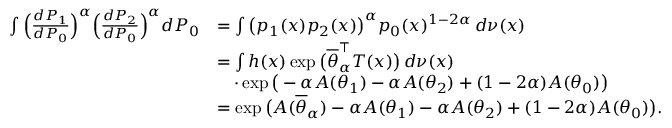
\begin{array} { r l } { \int \Big ( \frac { d P _ { 1 } } { d P _ { 0 } } \Big ) ^ { \alpha } \Big ( \frac { d P _ { 2 } } { d P _ { 0 } } \Big ) ^ { \alpha } d P _ { 0 } } & { = \int \big ( p _ { 1 } ( x ) p _ { 2 } ( x ) \big ) ^ { \alpha } p _ { 0 } ( x ) ^ { 1 - 2 \alpha } \, d \nu ( x ) } \\ & { = \int h ( x ) \exp \big ( \overline { \theta } _ { \alpha } ^ { \top } T ( x ) \big ) \, d \nu ( x ) } \\ & { \quad \cdot \exp \big ( - \alpha A ( \theta _ { 1 } ) - \alpha A ( \theta _ { 2 } ) + ( 1 - 2 \alpha ) A ( \theta _ { 0 } ) \big ) } \\ & { = \exp \big ( A ( \overline { \theta } _ { \alpha } ) - \alpha A ( \theta _ { 1 } ) - \alpha A ( \theta _ { 2 } ) + ( 1 - 2 \alpha ) A ( \theta _ { 0 } ) \big ) . } \end{array}